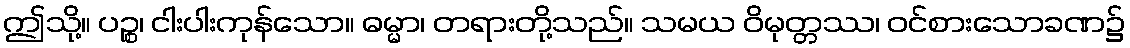
ဤသို့။ ပဉ္စ၊ ငါးပါးကုန်သော။ ဓမ္မာ၊ တရားတို့သည်။ သမယ ဝိမုတ္တဿ၊ ဝင်စားသောခဏ၌